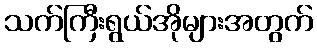
သက်ကြီးရွယ်အိုများအတွက်